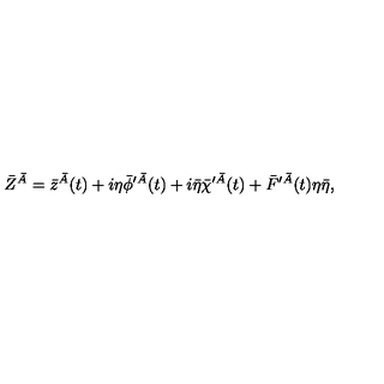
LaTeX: \bar { Z } ^ { \bar { A } } = \bar { z } ^ { \bar { A } } ( t ) + i \eta \bar { \phi } ^ { \prime \bar { A } } ( t ) + i \bar { \eta } \bar { \chi } ^ { \prime \bar { A } } ( t ) + \bar { F } ^ { \prime \bar { A } } ( t ) \eta \bar { \eta } ,